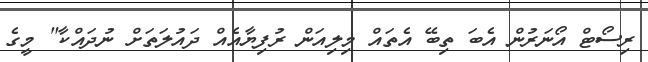
ރިސޯޓް އޯނަރުން އެބަ ތިބޭ އެތައް މިލިއަން ރުފިޔާއެއް ދައުލަތަށް ނުދައްކާ" މީގެ